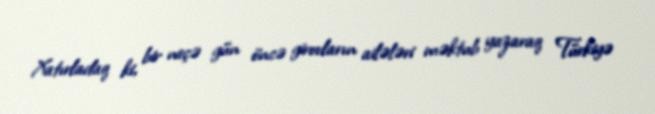
Xatırladaq ki, bir neçə gün öncə girovların ailələri məktub yazaraq Türkiyə